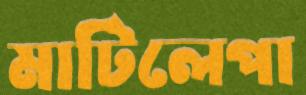
মাটিলেপা